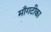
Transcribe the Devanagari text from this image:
माँगटीका